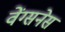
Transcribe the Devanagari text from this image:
वेंग्सनेस